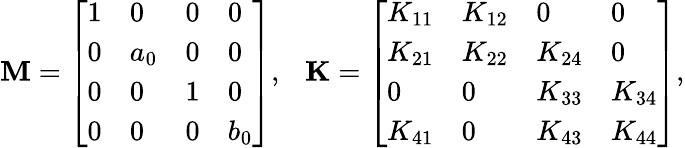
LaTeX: \mathbf{M}=\left[\begin{array}{llll}{1}&{0}&{0}&{0}\\ {0}&{a_{0}}&{0}&{0}\\ {0}&{0}&{1}&{0}\\ {0}&{0}&{0}&{b_{0}}\end{array}\right],\ \ \ \mathbf{K}=\left[\begin{array}{llll}{K_{11}}&{K_{12}}&{0}&{0}\\ {K_{21}}&{K_{22}}&{K_{24}}&{0}\\ {0}&{0}&{K_{33}}&{K_{34}}\\ {K_{41}}&{0}&{K_{43}}&{K_{44}}\end{array}\right],